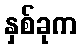
နှစ်ခုက